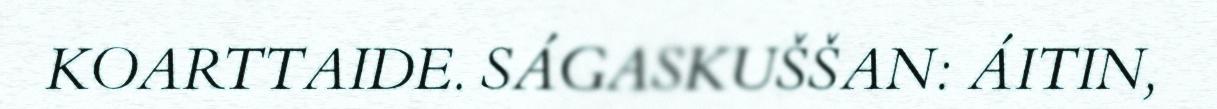
KOARTTAIDE. SÁGASKUŠŠAN: ÁITIN,